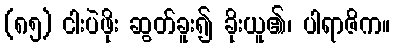
(၈၅) ငါးပဲဖိုး ဆွတ်ခူး၍ ခိုးယူ၏၊ ပါရာဇိက။